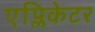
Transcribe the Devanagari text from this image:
एप्लिकेटर